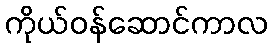
ကိုယ်ဝန်ဆောင်ကာလ